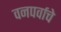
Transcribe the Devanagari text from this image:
वनपर्वाचे